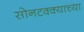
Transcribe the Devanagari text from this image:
सोनटक्क्याच्या